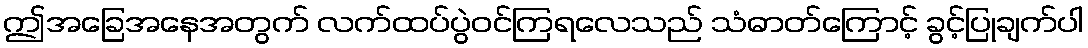
ဤအခြေအနေအတွက် လက်ထပ်ပွဲဝင်ကြရလေသည် သံဓာတ်ကြောင့် ခွင့်ပြုချက်ပါ